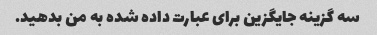
سه گزینه جایگزین برای عبارت داده شده به من بدهید.